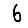
Digit: 6